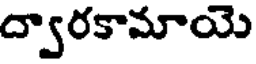
ద్వారకామాయె